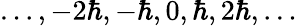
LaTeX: \ldots,-2\hbar,-\hbar,0,\hbar,2\hbar,\ldots